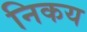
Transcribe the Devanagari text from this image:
निकय